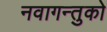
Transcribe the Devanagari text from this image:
नवागन्तुको